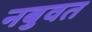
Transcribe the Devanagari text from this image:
नबुवत